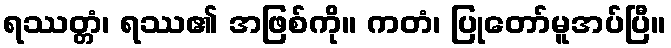
ရဿတ္တံ၊ ရဿ၏ အဖြစ်ကို။ ကတံ၊ ပြုတော်မူအပ်ပြီ။